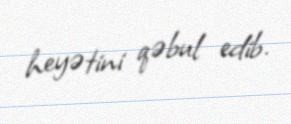
heyətini qəbul edib.